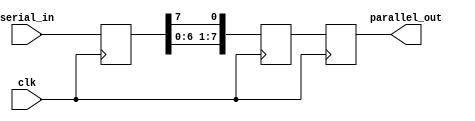
module SIPO_shift_register (
  input [7:0] serial_in,
  input clk,
  output reg [7:0] parallel_out
);

reg [7:0] data;
reg [7:0] next_data;

always @(posedge clk) begin
  data <= serial_in;
  next_data[0] <= data[7];
  next_data[1] <= data[0];
  next_data[2] <= data[1];
  next_data[3] <= data[2];
  next_data[4] <= data[3];
  next_data[5] <= data[4];
  next_data[6] <= data[5];
  next_data[7] <= data[6];
end

always @(posedge clk) begin
  parallel_out <= next_data;
end

endmodule